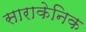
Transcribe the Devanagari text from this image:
साराकेनिक